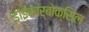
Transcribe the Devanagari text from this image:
डाईकार्बोक्सिल